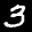
Label: 3